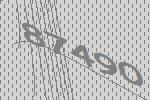
87490